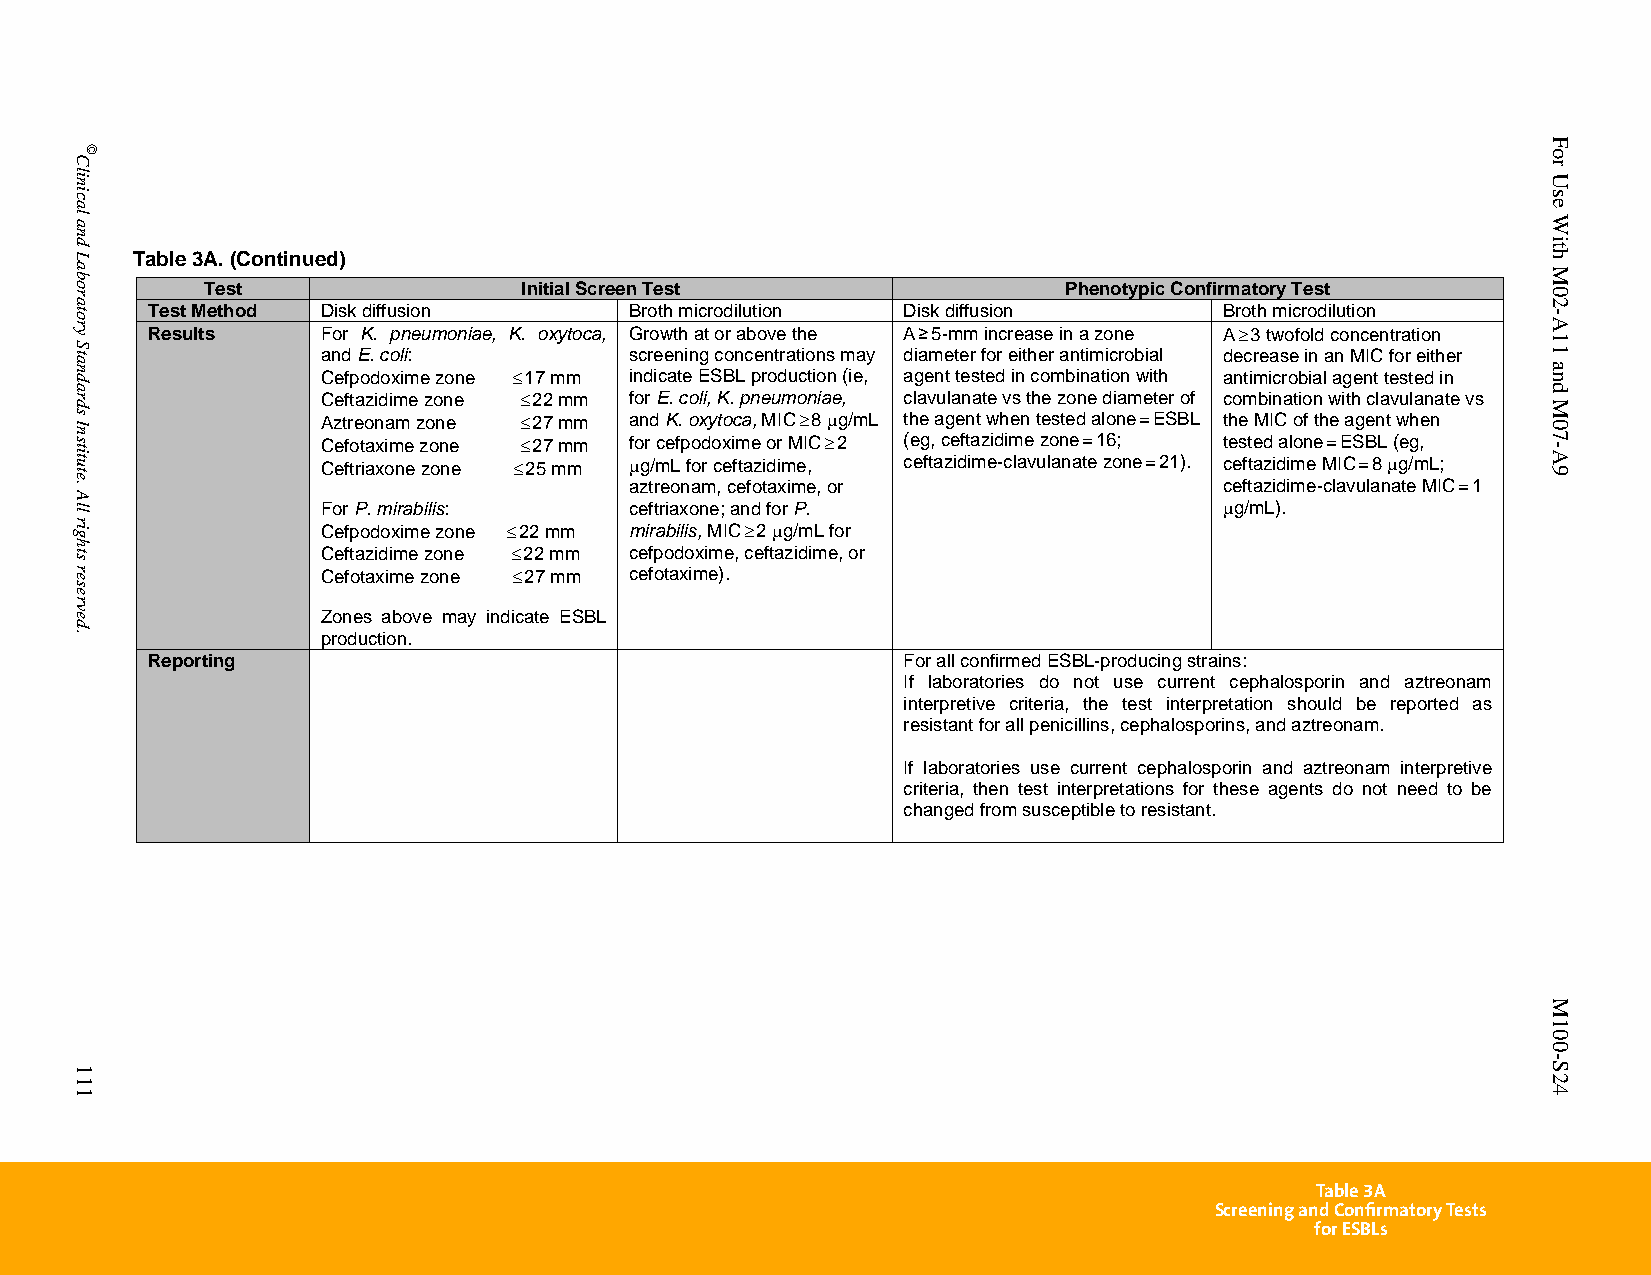
Table 3A. (Continued)
 Test                  Initial Screen Test                Phenotypic Confirmatory Test
 Test Method Disk diffusion      Broth microdilution Disk diffusion     Broth microdilution
 Results    For K. pneumoniae, K. oxytoca, Growth at or above the A ≥ 5-mm increase in a zone A  3 twofold concentration
 and E. coli:         screening concentrations may diameter for either antimicrobial decrease in an MIC for either
 Cefpodoxime zone  17 mm indicate ESBL production (ie, agent tested in combination with antimicrobial agent tested in
 Ceftazidime zone  22 mm for E. coli, K. pneumoniae, clavulanate vs the zone diameter of combination with clavulanate vs
 Aztreonam zone  27 mm and K. oxytoca, MIC  8 g/mL the agent when tested alone = ESBL the MIC of the agent when
 Cefotaxime zone  27 mm for cefpodoxime or MIC  2 (eg, ceftazidime zone = 16; tested alone = ESBL (eg,
 Ceftriaxone zone  25 mm g/mL for ceftazidime, ceftazidime-clavulanate zone = 21). ceftazidime MIC = 8 g/mL;
 aztreonam, cefotaxime, or              ceftazidime-clavulanate MIC = 1
 For P. mirabilis:    ceftriaxone; and for P.                g/mL).
 Cefpodoxime zone  22 mm mirabilis, MIC  2 g/mL for
 Ceftazidime zone 22 mm cefpodoxime, ceftazidime, or
 Cefotaxime zone 27 mm cefotaxime).
 Zones above may indicate ESBL
 production.
 Reporting                                         For all confirmed ESBL-producing strains:
 If laboratories do not use current cephalosporin and aztreonam
 interpretive criteria, the test interpretation should be reported as
 resistant for all penicillins, cephalosporins, and aztreonam.
 If laboratories use current cephalosporin and aztreonam interpretive
 criteria, then test interpretations for these agents do not need to be
 changed from susceptible to resistant.
 Table 3A
 Screening and Confirmatory Tests
 for ESBLs
 PublishedOn1/1/2014. Thisdocumentisprotectedbycopyright.
 Clinical
 and
 Laboratory
 Standards
 Institute.
 All
 rights
 reserved.
 111
 ©
 For
 Use
 With
 M02-A11
 and
 M07-A9
 M100-S24